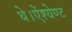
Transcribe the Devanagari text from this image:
थे।ऐंश्येण्ट